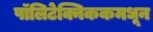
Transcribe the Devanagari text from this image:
पॉलिटेक्निककमधून